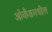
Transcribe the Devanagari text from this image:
ओकॅंडमधील